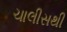
ચાલીસથી